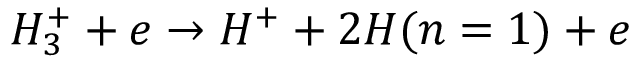
H _ { 3 } ^ { + } + e \rightarrow H ^ { + } + 2 H ( n = 1 ) + e